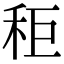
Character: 秬